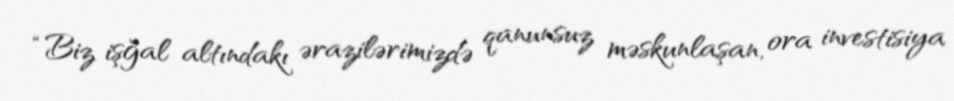
“Biz işğal altındakı ərazilərimizdə qanunsuz məskunlaşan, ora investisiya